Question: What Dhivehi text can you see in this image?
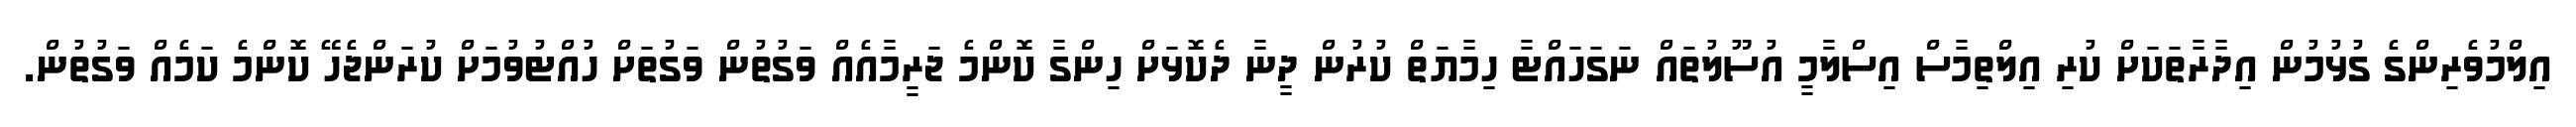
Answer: އިލްމުވެރިންގެ ގުޅުމުން އިދާރާތަކަށް ކުރި އިލްތިމާސް އިސްލާމީ އުސޫލުތައް ނަގަހައްޓާ ހިމާޔަތް ކުރުން ދީނާ ދެކޮޅަށް ހިންގާ ކޮންމެ ޖަރީމާއެއް ވަގުތުން ވަގުތަށް ހުއްޓުވުމަށް ކުރަންޖެހޭ ކޮންމެ ކަމެއް ވަގުތުން.